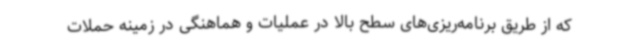
که از طریق برنامه‌ریزی‌های سطح بالا در عملیات و هماهنگی در زمینه حملات